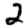
Digit: 2